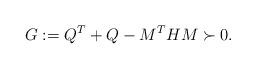
LaTeX: \begin{align*}G:=Q^T +Q-M^THM\succ 0.\end{align*}